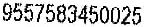
9557583450025